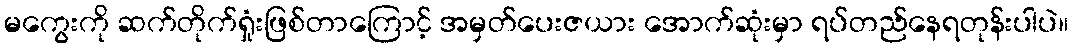
မကွေးကို ဆက်တိုက်ရှုံးဖြစ်တာကြောင့် အမှတ်ပေးဇယား အောက်ဆုံးမှာ ရပ်တည်နေရတုန်းပါပဲ။